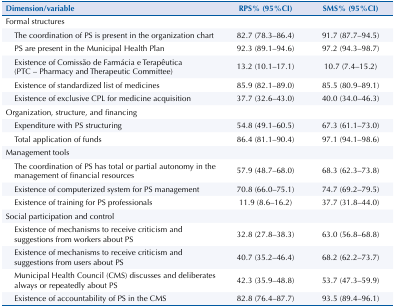
<table><thead><tr><td><b>Dimension/variable</b></td><td><b>RPS% (95%CI)</b></td><td><b>SMS% (95%CI)</b></td></tr></thead><tbody><tr><td>Formal structures</td><td>[EMPTY_CELL]</td><td>[EMPTY_CELL]</td></tr><tr><td>The coordination of PS is present in the organization chart</td><td>82.7 (78.3–86.4)</td><td>91.7 (87.7–94.5)</td></tr><tr><td>PS are present in the Municipal Health Plan</td><td>92.3 (89.1–94.6)</td><td>97.2 (94.3–98.7)</td></tr><tr><td>Existence of Comissão de Farmácia e Terapêutica (PTC – Pharmacy and Therapeutic Committee)</td><td>13.2 (10.1–17.1)</td><td>10.7 (7.4–15.2)</td></tr><tr><td>Existence of standardized list of medicines</td><td>85.9 (82.1–89.0)</td><td>85.5 (80.9–89.1)</td></tr><tr><td>Existence of exclusive CPL for medicine acquisition</td><td>37.7 (32.6–43.0)</td><td>40.0 (34.0–46.3)</td></tr><tr><td>Organization, structure, and financing</td><td>[EMPTY_CELL]</td><td>[EMPTY_CELL]</td></tr><tr><td>Expenditure with PS structuring</td><td>54.8 (49.1–60.5)</td><td>67.3 (61.1–73.0)</td></tr><tr><td>Total application of funds</td><td>86.4 (81.1–90.4)</td><td>97.1 (94.1–98.6)</td></tr><tr><td>Management tools</td><td>[EMPTY_CELL]</td><td>[EMPTY_CELL]</td></tr><tr><td>The coordination of PS has total or partial autonomy in the management of financial resources</td><td>57.9 (48.7–68.0)</td><td>68.3 (62.3–73.8)</td></tr><tr><td>Existence of computerized system for PS management</td><td>70.8 (66.0–75.1)</td><td>74.7 (69.2–79.5)</td></tr><tr><td>Existence of training for PS professionals</td><td>11.9 (8.6–16.2)</td><td>37.7 (31.8–44.0)</td></tr><tr><td>Social participation and control</td><td>[EMPTY_CELL]</td><td>[EMPTY_CELL]</td></tr><tr><td>Existence of mechanisms to receive criticism and suggestions from workers about PS</td><td>32.8 (27.8–38.3)</td><td>63.0 (56.8–68.8)</td></tr><tr><td>Existence of mechanisms to receive criticism and suggestions from users about PS</td><td>40.7 (35.2–46.4)</td><td>68.2 (62.2–73.7)</td></tr><tr><td>Municipal Health Council (CMS) discusses and deliberates always or repeatedly about PS</td><td>42.3 (35.9–48.8)</td><td>53.7 (47.3–59.9)</td></tr><tr><td>Existence of accountability of PS in the CMS</td><td>82.8 (76.4–87.7)</td><td>93.5 (89.4–96.1)</td></tr></tbody></table>